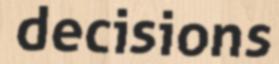
decisions